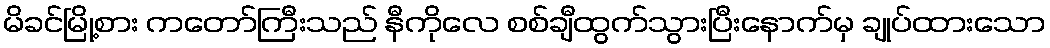
မိခင်မြို့စား ကတော်ကြီးသည် နီကိုလေ စစ်ချီထွက်သွားပြီးနောက်မှ ချုပ်ထားသော